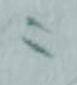
ニ